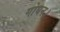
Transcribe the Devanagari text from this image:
गोधन।